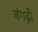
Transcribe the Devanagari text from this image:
बंगड़ी